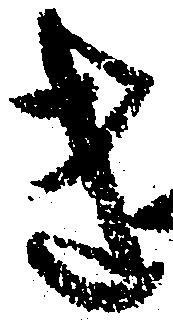
き